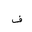
Letter: _fa